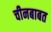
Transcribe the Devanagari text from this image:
चीनबाबत